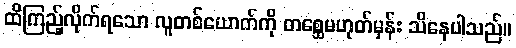
ထိကြည့်လိုက်ရသော လူတစ်ယောက်ကို တစ္ဆေမဟုတ်မှန်း သိနေပါသည်။